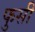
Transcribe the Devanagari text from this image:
फुसी